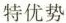
特优势